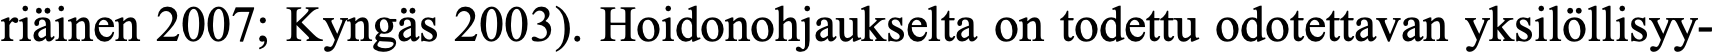
riäinen 2007; Kyngäs 2003). Hoidonohjaukselta on todettu odotettavan yksilöllisyy-